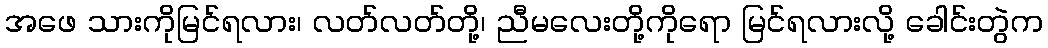
အဖေ သားကိုမြင်ရလား၊ လတ်လတ်တို့၊ ညီမလေးတို့ကိုရော မြင်ရလားလို့ ခေါင်းတွဲက